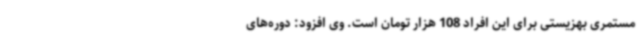
مستمری بهزیستی برای این افراد 108 هزار تومان است. وی افزود: دوره‌های